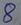
Text: 8